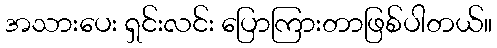
အသားပေး ရှင်းလင်း ပြောကြားတာဖြစ်ပါတယ်။